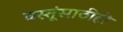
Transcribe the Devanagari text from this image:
वस्तूंसाठीही